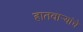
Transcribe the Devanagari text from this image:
हातवार्‍यांचे